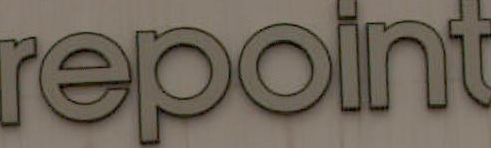
repoint